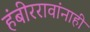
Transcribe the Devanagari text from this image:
हंबीररावांनाही